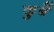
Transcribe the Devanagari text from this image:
कुर्बे